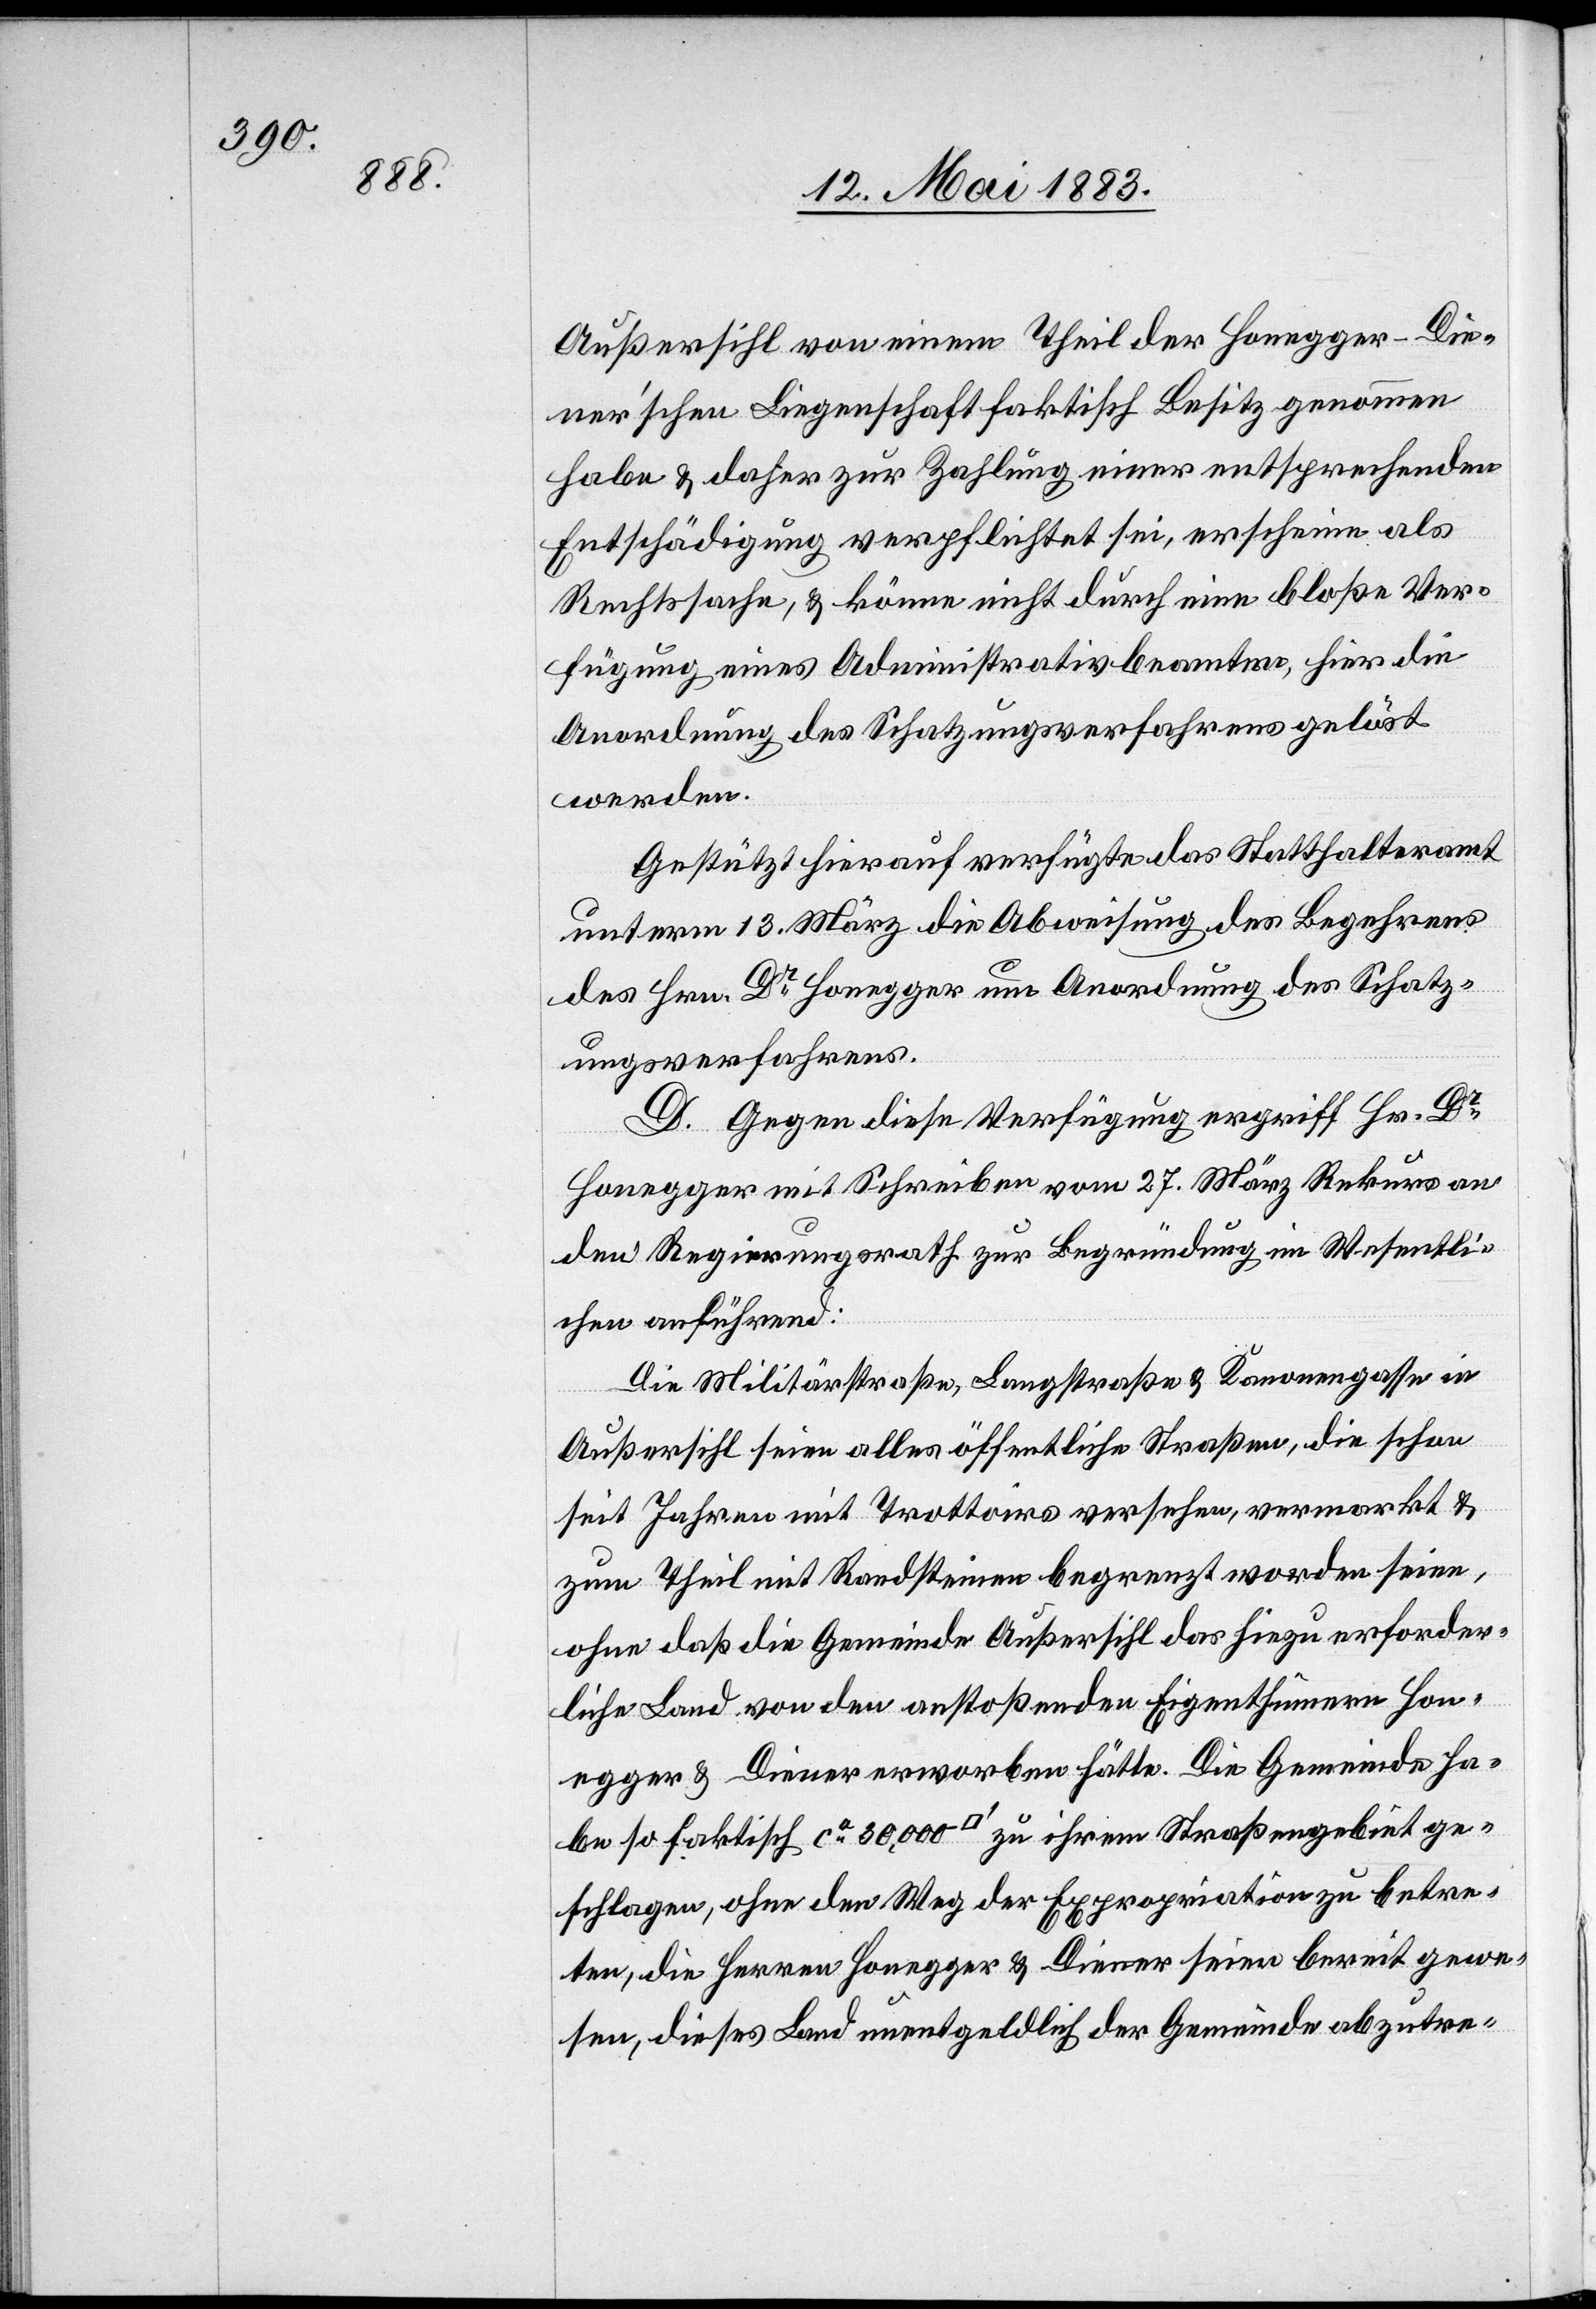
Außersihl von einem Theil der Honegger-Die¬
ner’schen Liegenschaft faktisch Besitz genommen
habe & daher zur Zahlung einer entsprechenden
Entschädigung verpflichtet sei, erscheine als
Rechtssache, & könne nicht durch eine bloße Ver¬
fügung eines Administrativbeamten, hier die
Anordnung des Schatzungsverfahrens gelöst
werden.
Gestützt hierauf verfügte das Statthalteramt
unterm 13. März die Abweisung des Begehrens
des Hrn. Dr Honegger um Anordnung des Schätz¬
ungsverfahrens.
D. Gegen diese Verfügung ergriff Hr. Dr
Honegger mit Schreiben vom 27. März Rekurs an
den Regierungsrath zur Begründung im Wesentli¬
chen anführend:
Die Militärstraße, Langstraße & Kanonengasse in
Außersihl seien alles öffentliche Straßen, die schon
seit Jahren mit Trottoirs versehen, vermarkt &
zum Theil mit Randsteinen begrenzt worden seien,
ohne daß die Gemeinde Außersihl das hiezu erforder¬
liche Land von den anstoßenden Eigenthümern Hon¬
egger & Diener erworben hätte. Die Gemeinde ha¬
be so faktisch ca 30,000 [Quadratfuß] zu ihrem Straßengebiet ge¬
schlagen, ohne den Weg der Expropriation zu betre¬
ten, die Herren Honegger & Diener seien bereit gewe¬
sen, dieses Land unentgeldlich der Gemeinde abzutre-